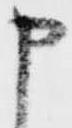
申